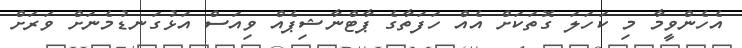
އެހެންވީމާ މި ކަހަލަ ގޮތަކަށް އެއް ހަފަތާގެ ޕާޓްނާޝިޕެއް ވިއަސް އަޅުގަނޑުމެނަށް ވަރަށް